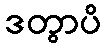
ဒတွာပိ